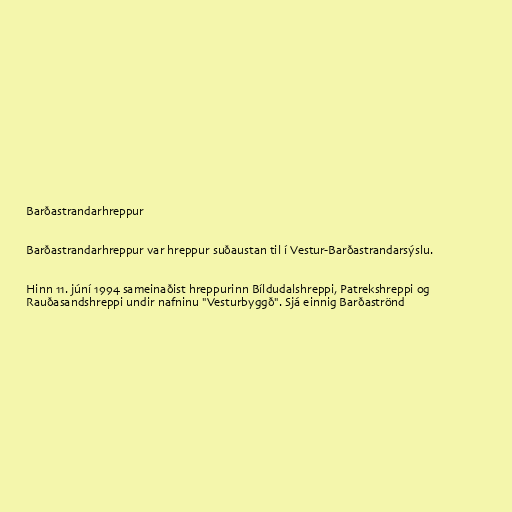
Barðastrandarhreppur

Barðastrandarhreppur var hreppur suðaustan til í Vestur-Barðastrandarsýslu.

Hinn 11. júní 1994 sameinaðist hreppurinn Bíldudalshreppi, Patrekshreppi og
Rauðasandshreppi undir nafninu "Vesturbyggð". Sjá einnig Barðaströnd